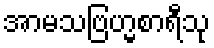
အာမသဗြဟ္မစာရီသု